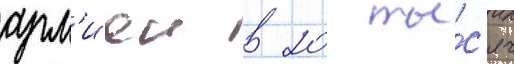
арм'иеи в 20 ты́с'яч